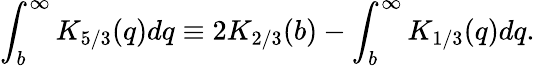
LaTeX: \int_{b}^{\infty}K_{5/3}(q)dq\equiv 2K_{2/3}(b)-\int_{b}^{\infty}K_{1/3}(q)dq.